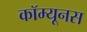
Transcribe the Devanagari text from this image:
कॉम्यूनस